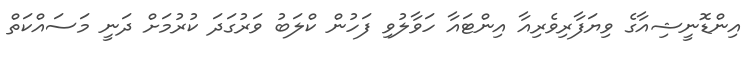
އިންޑޮނީޝިއާގެ ވިޔަފާރިވެރިއާ އިންޓައާ ހަވާލުވި ފަހުން ކްލަބު ވަރުގަދަ ކުރުމަށް ދަނީ މަސައްކަތް